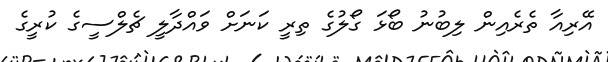
އޭރިއާ ތެރެއިން ލިބުނު ބޯޅަ ގޯލުގެ ތިރީ ކަނަށް ވައްދާލީ ޗެލްސީގެ ކުރީގެ